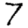
Digit: 7